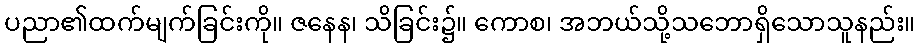
ပညာ၏ထက်မျက်ခြင်းကို။ ဇနေန၊ သိခြင်း၌။ ကောစ၊ အဘယ်သို့သဘောရှိသောသူနည်း။